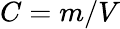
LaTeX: C=m/V